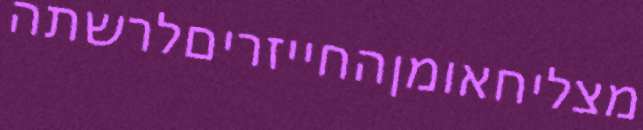
מצליחאומןהחייזריםלרשתה